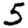
Digit: 5